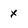
Character: x